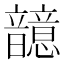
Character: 䪰